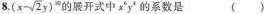
8.$$( x - \sqrt { 2 } y ) ^ { & }$$ 的展开式中$$x ^ { 6 } y ^ { 4 }$$的系数是 ( )